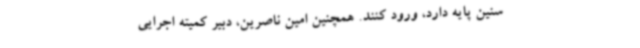
سنین پایه دارد، ورود کنند. همچنین امین ناصرین، دبیر کمیته اجرایی